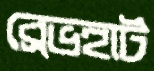
ব্রেভহার্ট